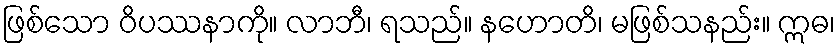
ဖြစ်သော ဝိပဿနာကို။ လာဘီ၊ ရသည်။ နဟောတိ၊ မဖြစ်သနည်း။ ဣဓ၊